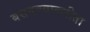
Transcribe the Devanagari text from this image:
बसवण्याकरीता